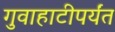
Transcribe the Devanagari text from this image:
गुवाहाटीपर्यंत